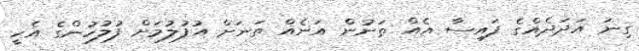
ގިނަ އަދަދެއްގެ ފައިސާ އެއް ތަނުން އަނެއް ތަނަށް އުފުލުމަށް ފުލުހުންގެ އެހީ